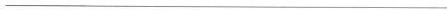
___